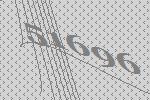
51696